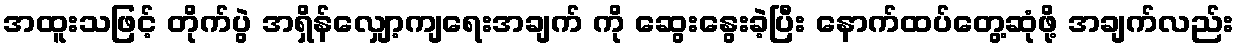
အထူးသဖြင့် တိုက်ပွဲ အရှိန်လျှော့ကျရေးအချက် ကို ဆွေးနွေးခဲ့ပြီး နောက်ထပ်တွေ့ဆုံဖို့ အချက်လည်း